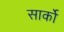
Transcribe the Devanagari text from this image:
सार्को